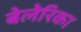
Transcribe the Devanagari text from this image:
बेलेरिका